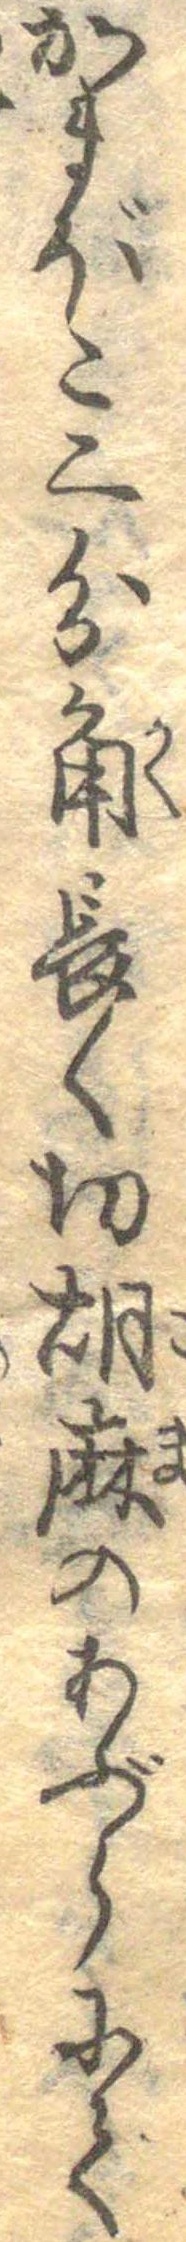
かまぼこ二分角長く切胡麻のあぶらにて